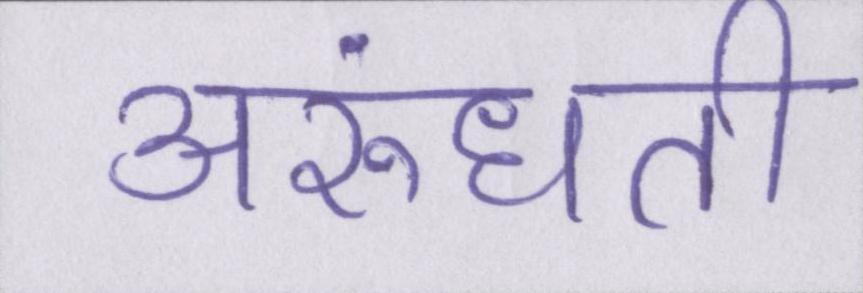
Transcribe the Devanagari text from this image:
अरुंधती